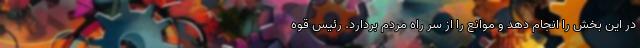
در این بخش را انجام دهد و موانع را از سر راه مردم بردارد. رئیس قوه